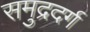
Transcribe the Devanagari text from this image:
समुद्रदर्ग